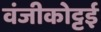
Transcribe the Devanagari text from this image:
वंजीकोट्टई